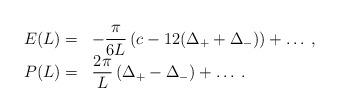
LaTeX: \begin{align*}\begin{array}{rl}\displaystyle E(L)= & -\displaystyle\frac{\pi }{6L}\left( c-12(\Delta _{+}+\Delta _{-})\right) +\ldots \: ,\\P(L)= & \displaystyle\frac{2\pi }{L}\left( \Delta _{+}-\Delta _{-}\right) +\ldots \: .\end{array}\end{align*}